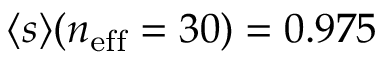
\langle s \rangle ( n _ { \mathrm { e f f } } = 3 0 ) = 0 . 9 7 5